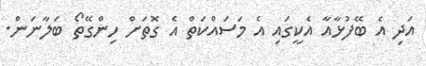
އަދި އެ ބޭފުޅާއާ އެކީގައި އެ މަސައްކަތް އެ ގޮތަށް ހިންގޭތޯ ބަލާނަން.